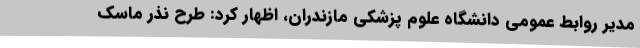
مدیر روابط عمومی دانشگاه علوم پزشکی مازندران، اظهار کرد: طرح نذر ماسک